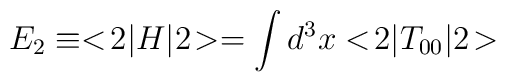
E_2 \equiv <\!2|H|2\!> = \int d^3x <\!2|T_{00}|2\!>